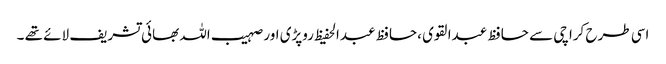
اسی طرح کراچی سے حافظ عبدالقوی ،حافظ عبدالحفیظ روپڑی اور صہیب اللہ بھائی تشریف لائے تھے ۔